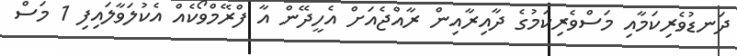
ދަނޑުވެރިކަމާއި މަސްވެރިކަމުގެ ދާއިރާއިން ރާއްޖެއަށް އެހީދޭން އާ ފްރޭމްވޯކެއް އެކުލަވާލައިފި 1 މަސް